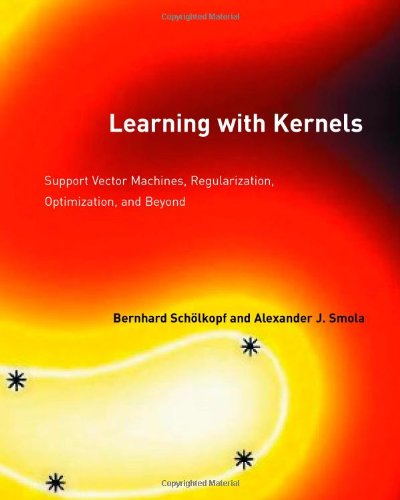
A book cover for Learning with Kernels: Support Vector Machines, Regularization, Optimization, and Beyond (Adaptive Computation and Machine Learning); Bernhard Schlkopf; Computers & Technology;